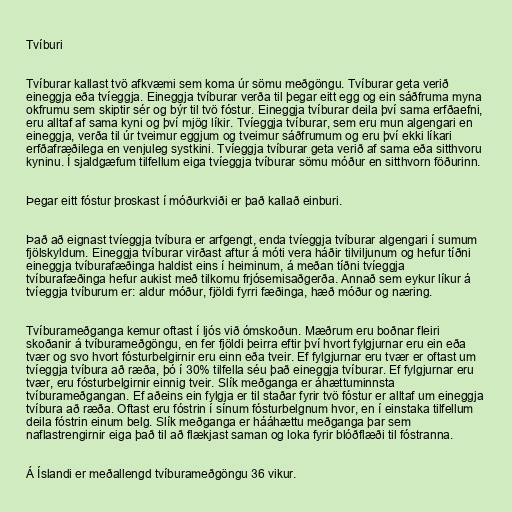
Tvíburi

Tvíburar kallast tvö afkvæmi sem koma úr sömu meðgöngu. Tvíburar geta verið
eineggja eða tvíeggja. Eineggja tvíburar verða til þegar eitt egg og ein sáðfruma myna
okfrumu sem skiptir sér og býr til tvö fóstur. Eineggja tvíburar deila því sama erfðaefni,
eru alltaf af sama kyni og því mjög líkir. Tvíeggja tvíburar, sem eru mun algengari en
eineggja, verða til úr tveimur eggjum og tveimur sáðfrumum og eru því ekki líkari
erfðafræðilega en venjuleg systkini. Tvíeggja tvíburar geta verið af sama eða sitthvoru
kyninu. Í sjaldgæfum tilfellum eiga tvíeggja tvíburar sömu móður en sitthvorn föðurinn.

Þegar eitt fóstur þroskast í móðurkviði er það kallað einburi.

Það að eignast tvíeggja tvíbura er arfgengt, enda tvíeggja tvíburar algengari í sumum
fjölskyldum. Eineggja tvíburar virðast aftur á móti vera háðir tilviljunum og hefur tíðni
eineggja tvíburafæðinga haldist eins í heiminum, á meðan tíðni tvíeggja
tvíburafæðinga hefur aukist með tilkomu frjósemisaðgerða. Annað sem eykur líkur á
tvíeggja tvíburum er: aldur móður, fjöldi fyrri fæðinga, hæð móður og næring.

Tvíburameðganga kemur oftast í ljós við ómskoðun. Mæðrum eru boðnar fleiri
skoðanir á tvíburameðgöngu, en fer fjöldi þeirra eftir því hvort fylgjurnar eru ein eða
tvær og svo hvort fósturbelgirnir eru einn eða tveir. Ef fylgjurnar eru tvær er oftast um
tvíeggja tvíbura að ræða, þó í 30% tilfella séu það eineggja tvíburar. Ef fylgjurnar eru
tvær, eru fósturbelgirnir einnig tveir. Slík meðganga er áhættuminnsta
tvíburameðgangan. Ef aðeins ein fylgja er til staðar fyrir tvö fóstur er alltaf um eineggja
tvíbura að ræða. Oftast eru fóstrin í sínum fósturbelgnum hvor, en í einstaka tilfellum
deila fóstrin einum belg. Slík meðganga er hááhættu meðganga þar sem
naflastrengirnir eiga það til að flækjast saman og loka fyrir blóðflæði til fóstranna.

Á Íslandi er meðallengd tvíburameðgöngu 36 vikur.